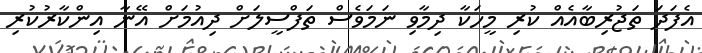
އެފަދަ ތަޖުރިބާއެއް ކުރި މީހަކާ ދިމާވި ނަމަވެސް ތަފްސީލަށް ދިއުމަށް އޭނާ އިންކާރުކުރި